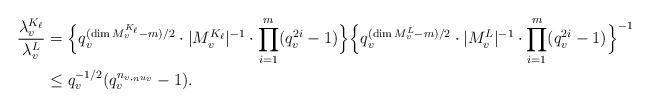
LaTeX: \begin{align*} \frac{\lambda_v^{K_{\ell}}}{\lambda_v^L}&=\Bigl\{q_v^{(\dim M_v^{K_{\ell}}-m)/2}\cdot|M_v^{K_{\ell}}|^{-1}\cdot\prod_{i=1}^{m}(q_v^{2i}-1)\Bigr\}\Bigl\{q_v^{(\dim M_v^L-m)/2}\cdot|M_v^L|^{-1}\cdot\prod_{i=1}^{m}(q_v^{2i}-1)\Bigr\}^{-1}\\ &\leq q_v^{-1/2}(q_v^{n_{v,_nu_v}}-1).\end{align*}